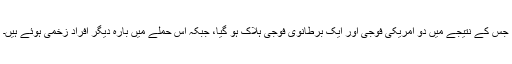
جس کے نتیجے میں دو امریکی فوجی اور ایک برطانوی فوجی ہلاک ہو گیا، جبکہ اس حملے میں بارہ دیگر افراد زخمی ہوئے ہیں۔